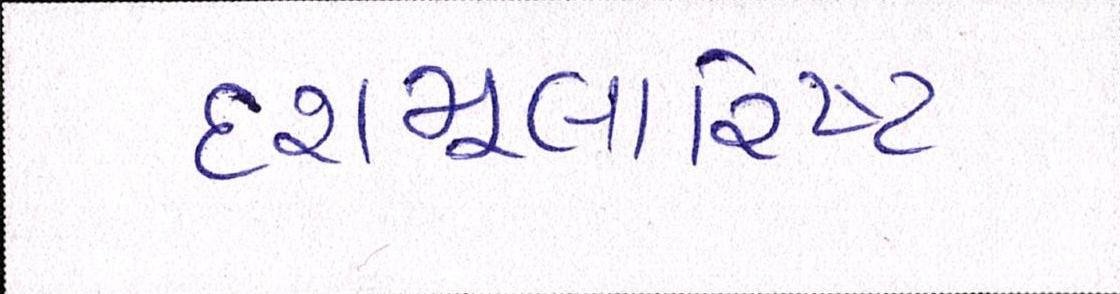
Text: દશમૂલારિષ્ટ